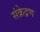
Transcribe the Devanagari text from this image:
संक्रेद्रण